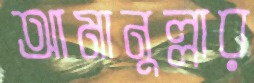
আমানুল্লার